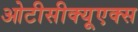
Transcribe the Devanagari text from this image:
ओटीसीक्यूएक्स